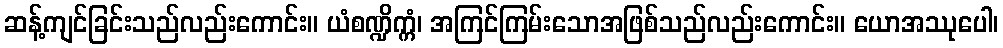
ဆန့်ကျင်ခြင်းသည်လည်းကောင်း။ ယံစဏ္ဍိက္ကံ၊ အကြင်ကြမ်းသောအဖြစ်သည်လည်းကောင်း။ ယောအဿုပေါ၊